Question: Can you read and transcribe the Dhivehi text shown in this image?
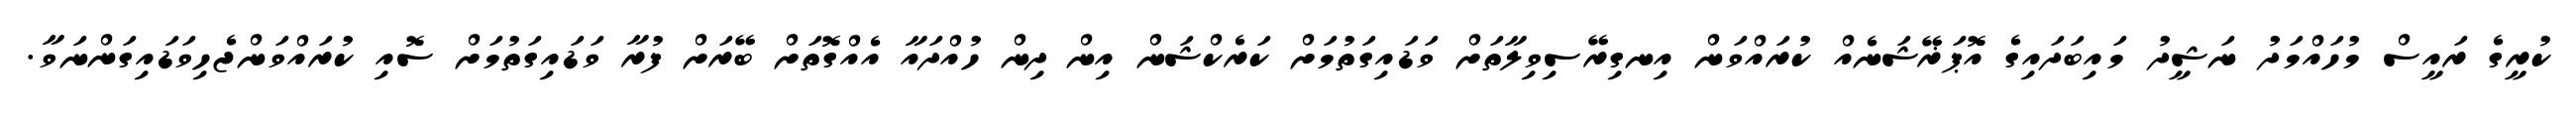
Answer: ކުރީގެ ރައީސް މުހައްމަދު ނަޝީދު މައިބަދައިގެ އޮޕަޜޭޝަނެއް ކުރައްވަން އިނގިރޭސިވިލާތަށް ވަޑައިގަތުމަށް ކަރެކްޝަން އިން ދިން ހުއްދައާ އެއްގޮތަށް ބޭރަށް ފުރާ ވަޑައިގަތުމަށް ސޮއި ކުރައްވަންޖެހިވަޑައިގަންނަވާ.